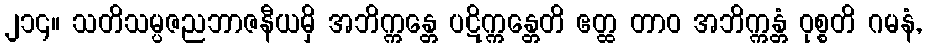
၂၁၄။ သတိသမ္ပဇညဘာဇနီယမှိ အဘိက္ကန္တေ ပဋိက္ကန္တေတိ ဧတ္ထ တာဝ အဘိက္ကန္တံ ဝုစ္စတိ ဂမနံ,